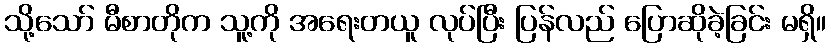
သို့သော် မီစာတိုက သူ့ကို အရေးတယူ လုပ်ပြီး ပြန်လည် ပြောဆိုခဲ့ခြင်း မရှိ။